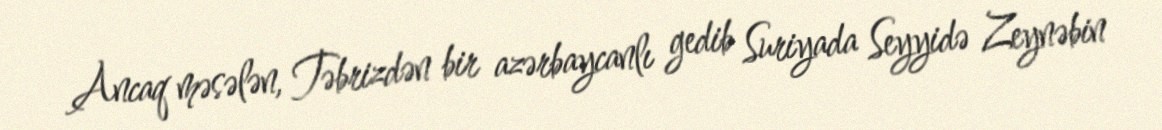
Ancaq məsələn, Təbrizdən bir azərbaycanlı gedib Suriyada Seyyidə Zeynəbin